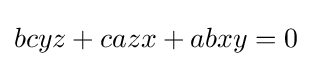
bcyz+cazx+abxy=0